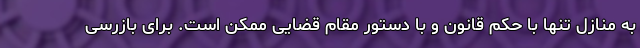
به منازل تنها با حکم قانون و با دستور مقام قضایی ممکن است. برای بازرسی